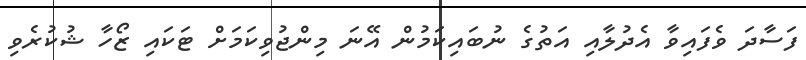
ފަސާދަ ވެފައިވާ އެދުލާއި އަތުގެ ނުބައިކަމުން އޭނަ މިންޖުވިކަމަށް ޓަކައި ޒޯހާ ޝުކުރެވި